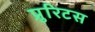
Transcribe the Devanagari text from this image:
प्रुरिटस